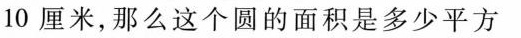
10厘米，那么这个圆的面积是多少平方